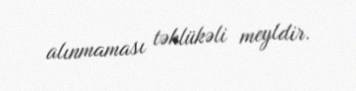
alınmaması təhlükəli meyldir.